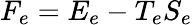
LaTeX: F_{e}=E_{e}-T_{e}S_{e}